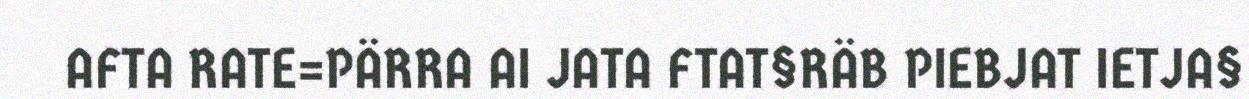
AFTA RATE=PÄRRA AI JATA FTAT§RÄB PIEBJAT IETJA§